Civil Veterinary Department. United Provinces 1923-31 - 1923-1931
Year: 1923
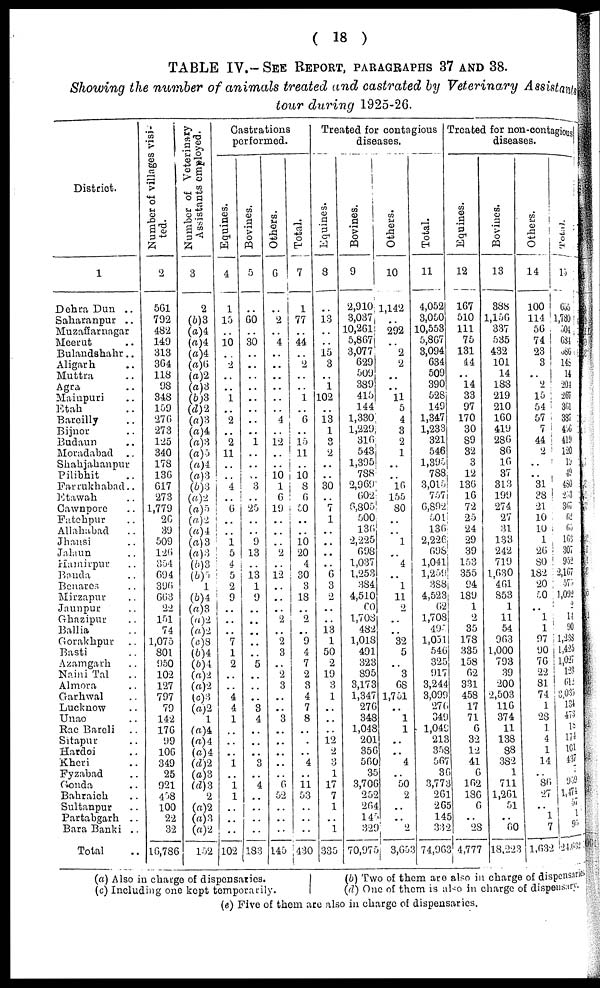
( 18 )
TABLE IV.- SEE REPORT, PARAGRAPHS 37 AND 38.
Showing the number of animals treated and castrated by Veterinary Assistants
tour during 1925-26.
District.
1
Dehra Dun ..
Saharanpur ..
Muzaffarnagar
Meerut ..
Bulandshahr ..
Aligarh ..
Muttra ..
Agra ..
Mainpuri ..
Etah ..
Bareilly ..
Bijnor ..
Budaun ..
Moradabad
..
Shahjahanpur ..
Pilibhit ..
Farrukhabad ..
Etawah ..
Cawnpore ..
Fatehpur ..
Allahabad ..
Jhansi ..
Jalaun ..
Hamirpur ..
Banda ..
Benares ..
Mirzapur ..
Jaunpur ..
Ghazipur ..
Ballia ..
Gorakhpur ..
Basti ..
Azamgarh ..
Naini Tal ..
Almora ..
Garhwal ..
Lucknow ..
Unao ..
Rae Bareli ..
Sitapur ..
Hardoi ..
Kheri ..
Fyzabad ..
Gonda ..
Bahraich ..
Sultanpur ..
Partabgarh ..
Bara Banki ..
Total ..
Number of villages visi-
ted.
2
561
792
482
149
318
364
118
98
348
159
276
273
125
340
178
136
617
273
1,779
26
89
509
126
354
694
896
668
22
151
74
1,075
801
950
102
127
797
79
142
176
99
106
349
25
921
458
100
22
32
16,786
Number of Veterinary
Assistants employed.
3
2
(b)3
(a)4
(a)4
(a)4
(a)6
(a)2
(a)3
(b)3
(d)2
(a)3
(a)4
(a)3
(a)5
(a)4
(a)3
(b)3
(a)2
(a)5
(a)2
(a)4
(a)3
(a)3
(b)3
(b)5
1
(b)4
(a)3
(a)2
(a)2
(c)8
(b)4
(b)4
(a)2
(a)2
(c)3
(a)2
1
(a)4
(a)4
(a)4
(d)2
(a)3
(d)3
2
(a)2
(a)3
(a)2
152
Castrations
performed.
Equines.
4
1
15
..
10
..
2
..
..
1
..
2
..
2
11
..
..
4
..
6
..
..
1
5
4
5
2
9
..
..
..
7
1
2
..
..
4
4
1
..
..
..
1
..
1
1
..
..
..
102
Bovines.
5
..
60
..
30
..
..
..
..
..
..
..
..
1
..
..
..
3
..
25
..
..
9
13
..
13
1
9
..
..
..
..
..
5
..
..
..
3
4
..
..
..
3
..
4
..
..
..
..
183
Others.
6
..
2
..
4
..
..
..
..
..
..
4
..
12
..
..
10
1
6
19
..
..
..
2
..
12
..
..
..
2
..
2
3
..
2
3
..
..
3
..
..
..
..
..
6
52
..
..
..
145
Total.
7
1
77
..
44
..
2
..
..
1
..
6
..
15
11
..
10
8
6
50
..
..
10
20
4
30
3
18
..
2
..
9
4
7
2
3
4
7
8
..
..
..
4
..
11
53
..
..
..
430
Treated for
contagious
diseases,
Equines.
8
..
13
..
..
15
3
..
1
102
..
13
1
3
2
..
..
30
..
7
1
..
..
..
..
6
3
2
..
..
13
1
50
2
19
8
1
..
..
..
12
2
3
1
17
7
1
..
1
335
Bovines.
9
2,910
3,037
10,261
5,867
3,077
629
509
389
415
144
1,330
1,229
316
543
1,395
788
2,969
602
6,305
500
130
2,225
698
1,037
1,253
384
4,510
60
1,708
482
1,018
491
323
895
3,173
1,347
276
348
1,048
201
356
560
35
3,700
252
204
145
329
70,975
Others.
10
1,142
..
292
..
2
2
..
..
11
5
4
3
2
1
..
..
16
155
80
..
..
1
..
4
..
1
11
2
..
..
32
5
..
3
68
1,751
..
1
1
..
..
4
..
50
2
..
..
2
3,653
Total.
11
4,052
3,050
10,553
5,867
3,094
634
509
390
528
149
1,347
1,233
321
546
1,395
788
3,015
757
6,892
501
136
2,226
698
1,041
1,259
388
4,523
62
1,708
496
1,051
546
325
917
3,244
3,099
276
349
1,049
213
358
567
36
3,773
261
265
145
332
74,963
Treated for non-contagious
diseases.
Equines.
12
167
510
111
75
131
44
..
14
33
97
170
30
89
32
3
12
136
16
72
25
24
29
39
153
355
94
189
1
2
35
178
335
158
62
331
458
17
71
6
32
12
41
6
162
186
6
.. 28
4,777
Bovines.
13
388
1,156
337
535
432
101
14
188
219
210
160
419
280
86
10
37
313
199
274
27
31
133
242
719
1,630
461
853
1
11
54
903
1,000
793
39
200
2,503
116
374
11
138
88
382
1
711
1,201
51
.. 60
18,223
Others.
14
100
114
56
74
23
3
..
2
15
54
57
7
44
2
..
..
31
38
21
10
10
1
20
80
182
20
50
..
1
1
97
90
76
22
81
74
1
28
1
4
1
14
..
86 27
..
1
7
1,632
Total.
15
655
1,780
504
684
686
145
14
201
267
361
387
456
419
120
19
49
480
253
367
62
65
163
307
952
2,167
575
1,092
2
14
90
1,238
1,425
1,027
123 612
3,035
134
473
18
174
101
437
7
939
1,474
57
1
95
24,632
(a) Also in charge of dispensaries.
(c) Including one kept temporarily.
(b) Two of them are also in charge of dispensaries
(d) One of them is also in charge of dispensary.
(e) Five of them are also in charge of dispensaries.